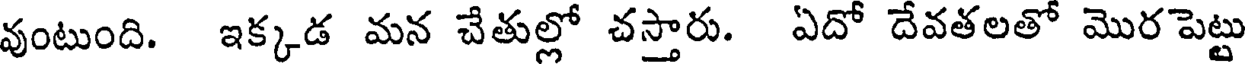
వుంటుంది. ఇక్కడ మన చేతుల్లో చస్తారు. ఏదో దేవతలతో మొర పెట్టు